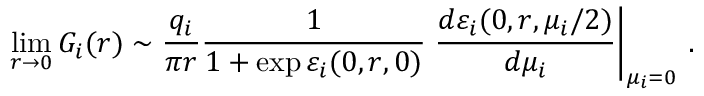
\operatorname * { l i m } _ { r \rightarrow 0 } G _ { i } ( r ) \sim \frac { q _ { i } } { \pi r } \frac { 1 } { 1 + \exp \varepsilon _ { i } ( 0 , r , 0 ) } \left. \frac { d \varepsilon _ { i } ( 0 , r , \mu _ { i } / 2 ) } { d \mu _ { i } } \right\vert _ { \mu _ { i } = 0 } \, .